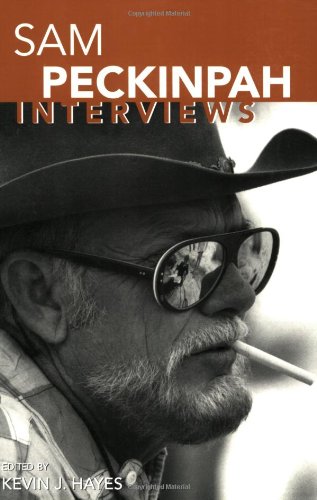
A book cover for Sam Peckinpah: Interviews (Conversations with Filmmakers); Humor & Entertainment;